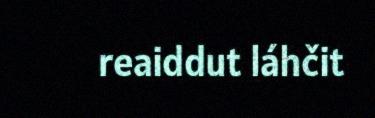
reaiddut láhčit